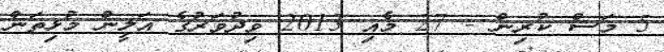
5 މަސް ކުރިން - 27 މެއި 2013 ވިދުވަރުގެ އަލީން މުޅިތަން